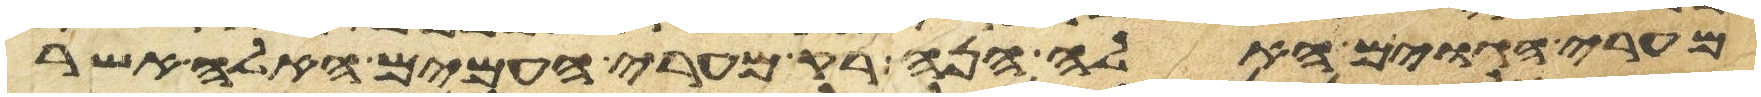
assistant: מערי הגוים האלה הנה רק מערי העמים האלה אשר